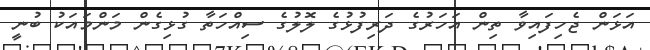
އަޅަން ޖެހިފައިވާ ތިން އަހަރުގެ ދަރިފުޅުގެ ލޮލުގެ ސިއްހަތާ ގުޅިގެން މަންމައަކު ބުނީ